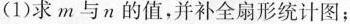
(1)求 m 与 n 的值，并补全扇形统计图；